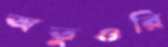
অতুওরি